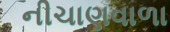
નીચાણવાળા